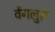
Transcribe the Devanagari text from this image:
वेंगलुरू